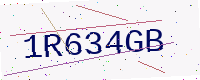
Text: 1R634GB